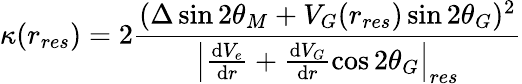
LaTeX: \kappa(r_{res})=2\frac{(\Delta\sin 2\theta_{M}+V_{G}(r_{res})\sin 2\theta_{G})^{2}}{\left|\frac{\mathrm{d}V_{e}}{\mathrm{d}r}+\frac{\mathrm{d}V_{G}}{\mathrm{d}r}\cos 2\theta_{G}\right|_{res}}